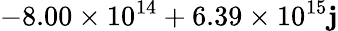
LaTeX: -8.00\times10^{14}+6.39\times10^{15}\mathbf{j}